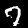
Label: 7